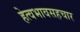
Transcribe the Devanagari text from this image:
हेत्वभावसहचार